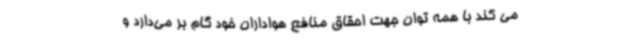
می کند با همه توان جهت احقاق منافع هواداران خود گام بر می‌دارد و